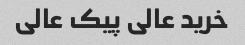
خرید عالی پیک عالی